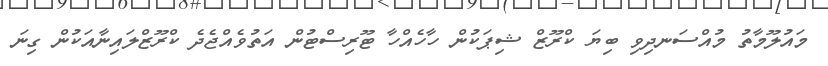
މައުލޫމާތު މުއްސަނދިވި ބިޔަ ކްރޫޒް ޝިޕަކުން ހާހެއްހާ ޓޫރިސްޓުން އަތުވެއްޖެދެ ކްރޫޒްލައިނާއަކުން ގިނަ